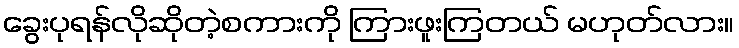
ခွေးပုရန်လိုဆိုတဲ့စကားကို ကြားဖူးကြတယ် မဟုတ်လား။